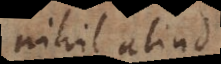
nihil aliud